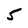
Character: 5